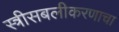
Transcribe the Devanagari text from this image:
स्त्रीसबलीकरणाचा